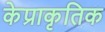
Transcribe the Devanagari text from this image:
केप्राकृतिक